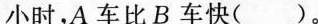
小时，A车比B车快()。